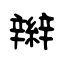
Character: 辮